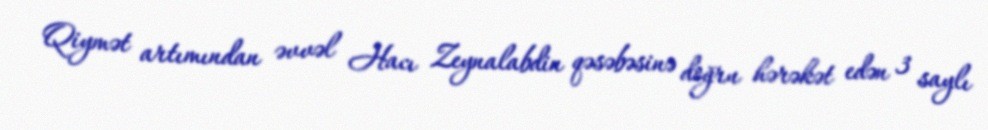
Qiymət artımından əvvəl Hacı Zeynalabdin qəsəbəsinə doğru hərəkət edən 3 saylı